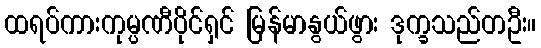
ထရပ်ကားကုမ္ပဏီပိုင်ရှင် မြန်မာနွယ်ဖွား ဒုက္ခသည်တဦး။